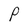
Character: P